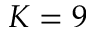
K = 9